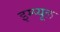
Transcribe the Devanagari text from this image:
इम्प्यूल